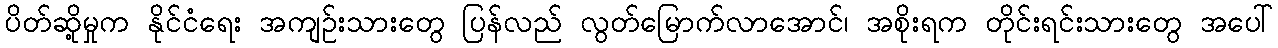
ပိတ်ဆို့မှုက နိုင်ငံရေး အကျဉ်းသားတွေ ပြန်လည် လွတ်မြောက်လာအောင်၊ အစိုးရက တိုင်းရင်းသားတွေ အပေါ်